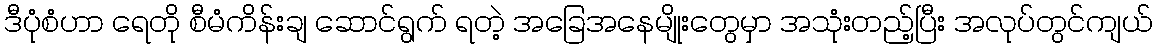
ဒီပုံစံဟာ ရေတို စီမံကိန်းချ ဆောင်ရွက် ရတဲ့ အခြေအနေမျိုးတွေမှာ အသုံးတည့်ပြီး အလုပ်တွင်ကျယ်